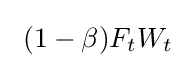
\ (1-\beta )F_{t}W_{t}